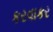
કરવાકર